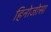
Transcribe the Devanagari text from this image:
हिनोजोसा